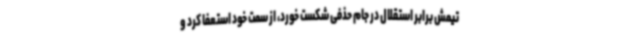
تیمش برابر استقلال در جام حذفی شکست خورد، از سمت خود استعفا کرد و